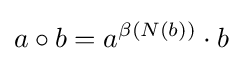
a\circ b=a^{\beta (N(b))}\cdot b